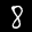
Label: 8